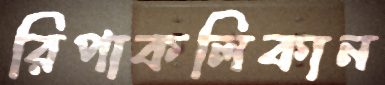
রিপাকলিকান